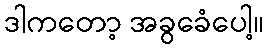
ဒါကတော့ အခွခေံပေါ့။